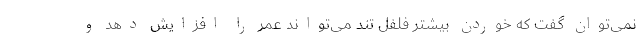
نمی‌توان گفت که خوردن بیشتر فلفل تند می‌تواند عمر را افزایش دهد و